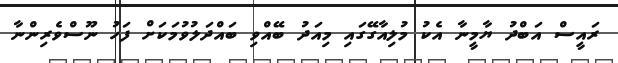
ރައީސް އަބްދު ޔާމީނާ އެކު މުލިއާގޭގައި މިއަދު ބޭއްވި ބައްދަލުވުމަކަށް ފަހު ނޫސްވެރިންނާ